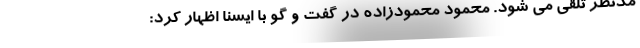
مدنظر تلقی می شود. محمود محمودزاده در گفت و گو با ایسنا اظهار کرد: